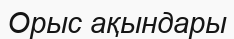
Орыс ақындары